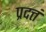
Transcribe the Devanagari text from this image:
प्रदत्तं